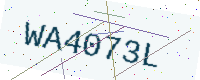
Text: WA4073L